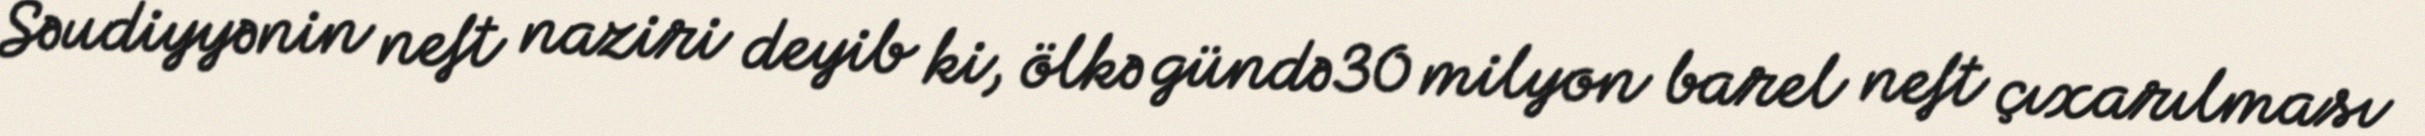
Səudiyyənin neft naziri deyib ki, ölkə gündə 30 milyon barel neft çıxarılması